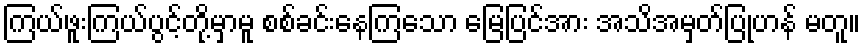
ကြယ်ဖူးကြယ်ပွင့်တို့မှာမူ စစ်ခင်းနေကြသော မြေပြင်အား အသိအမှတ်ပြုဟန် မတူ။